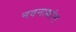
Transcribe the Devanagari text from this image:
नवनाथांना